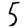
Digit: 5